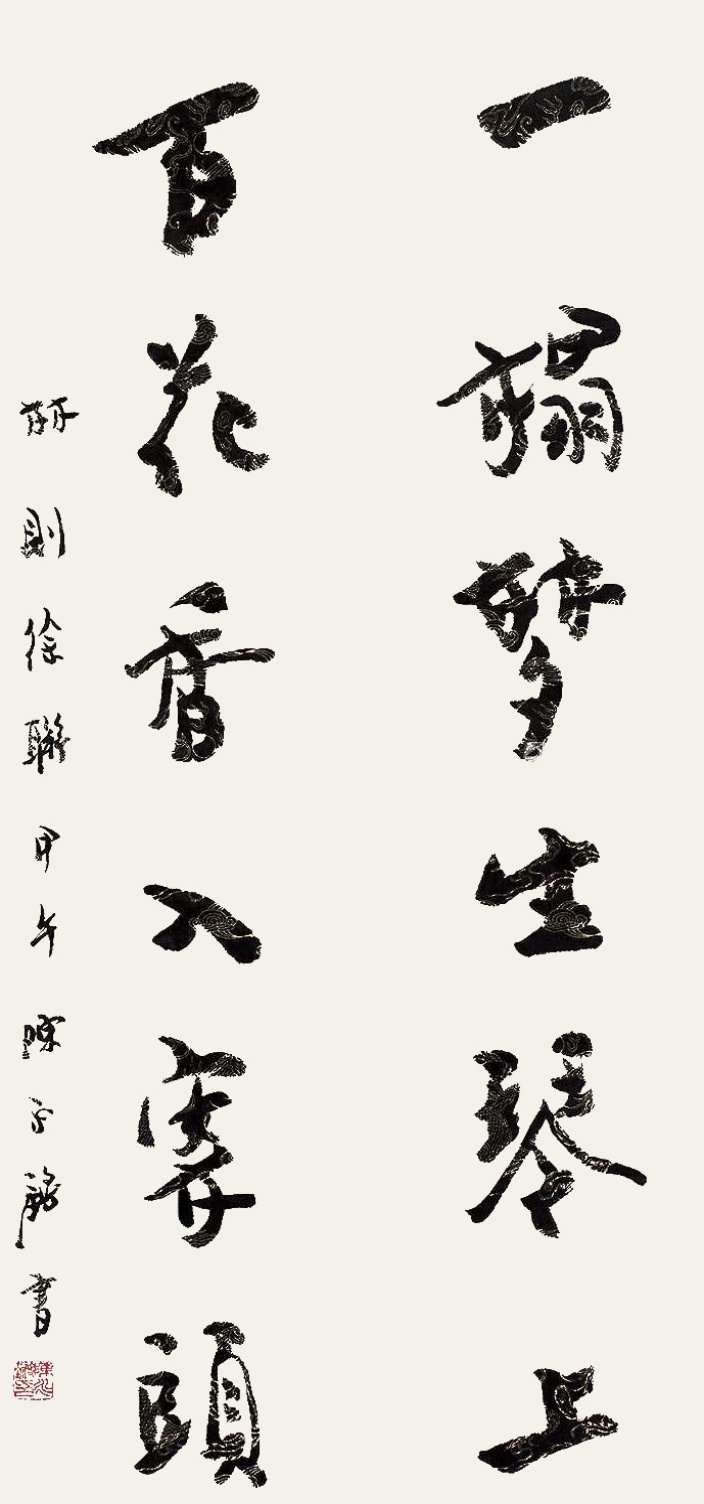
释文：一榻梦生琴上，百花香入案头。林则徐联，甲午陈永锵书。